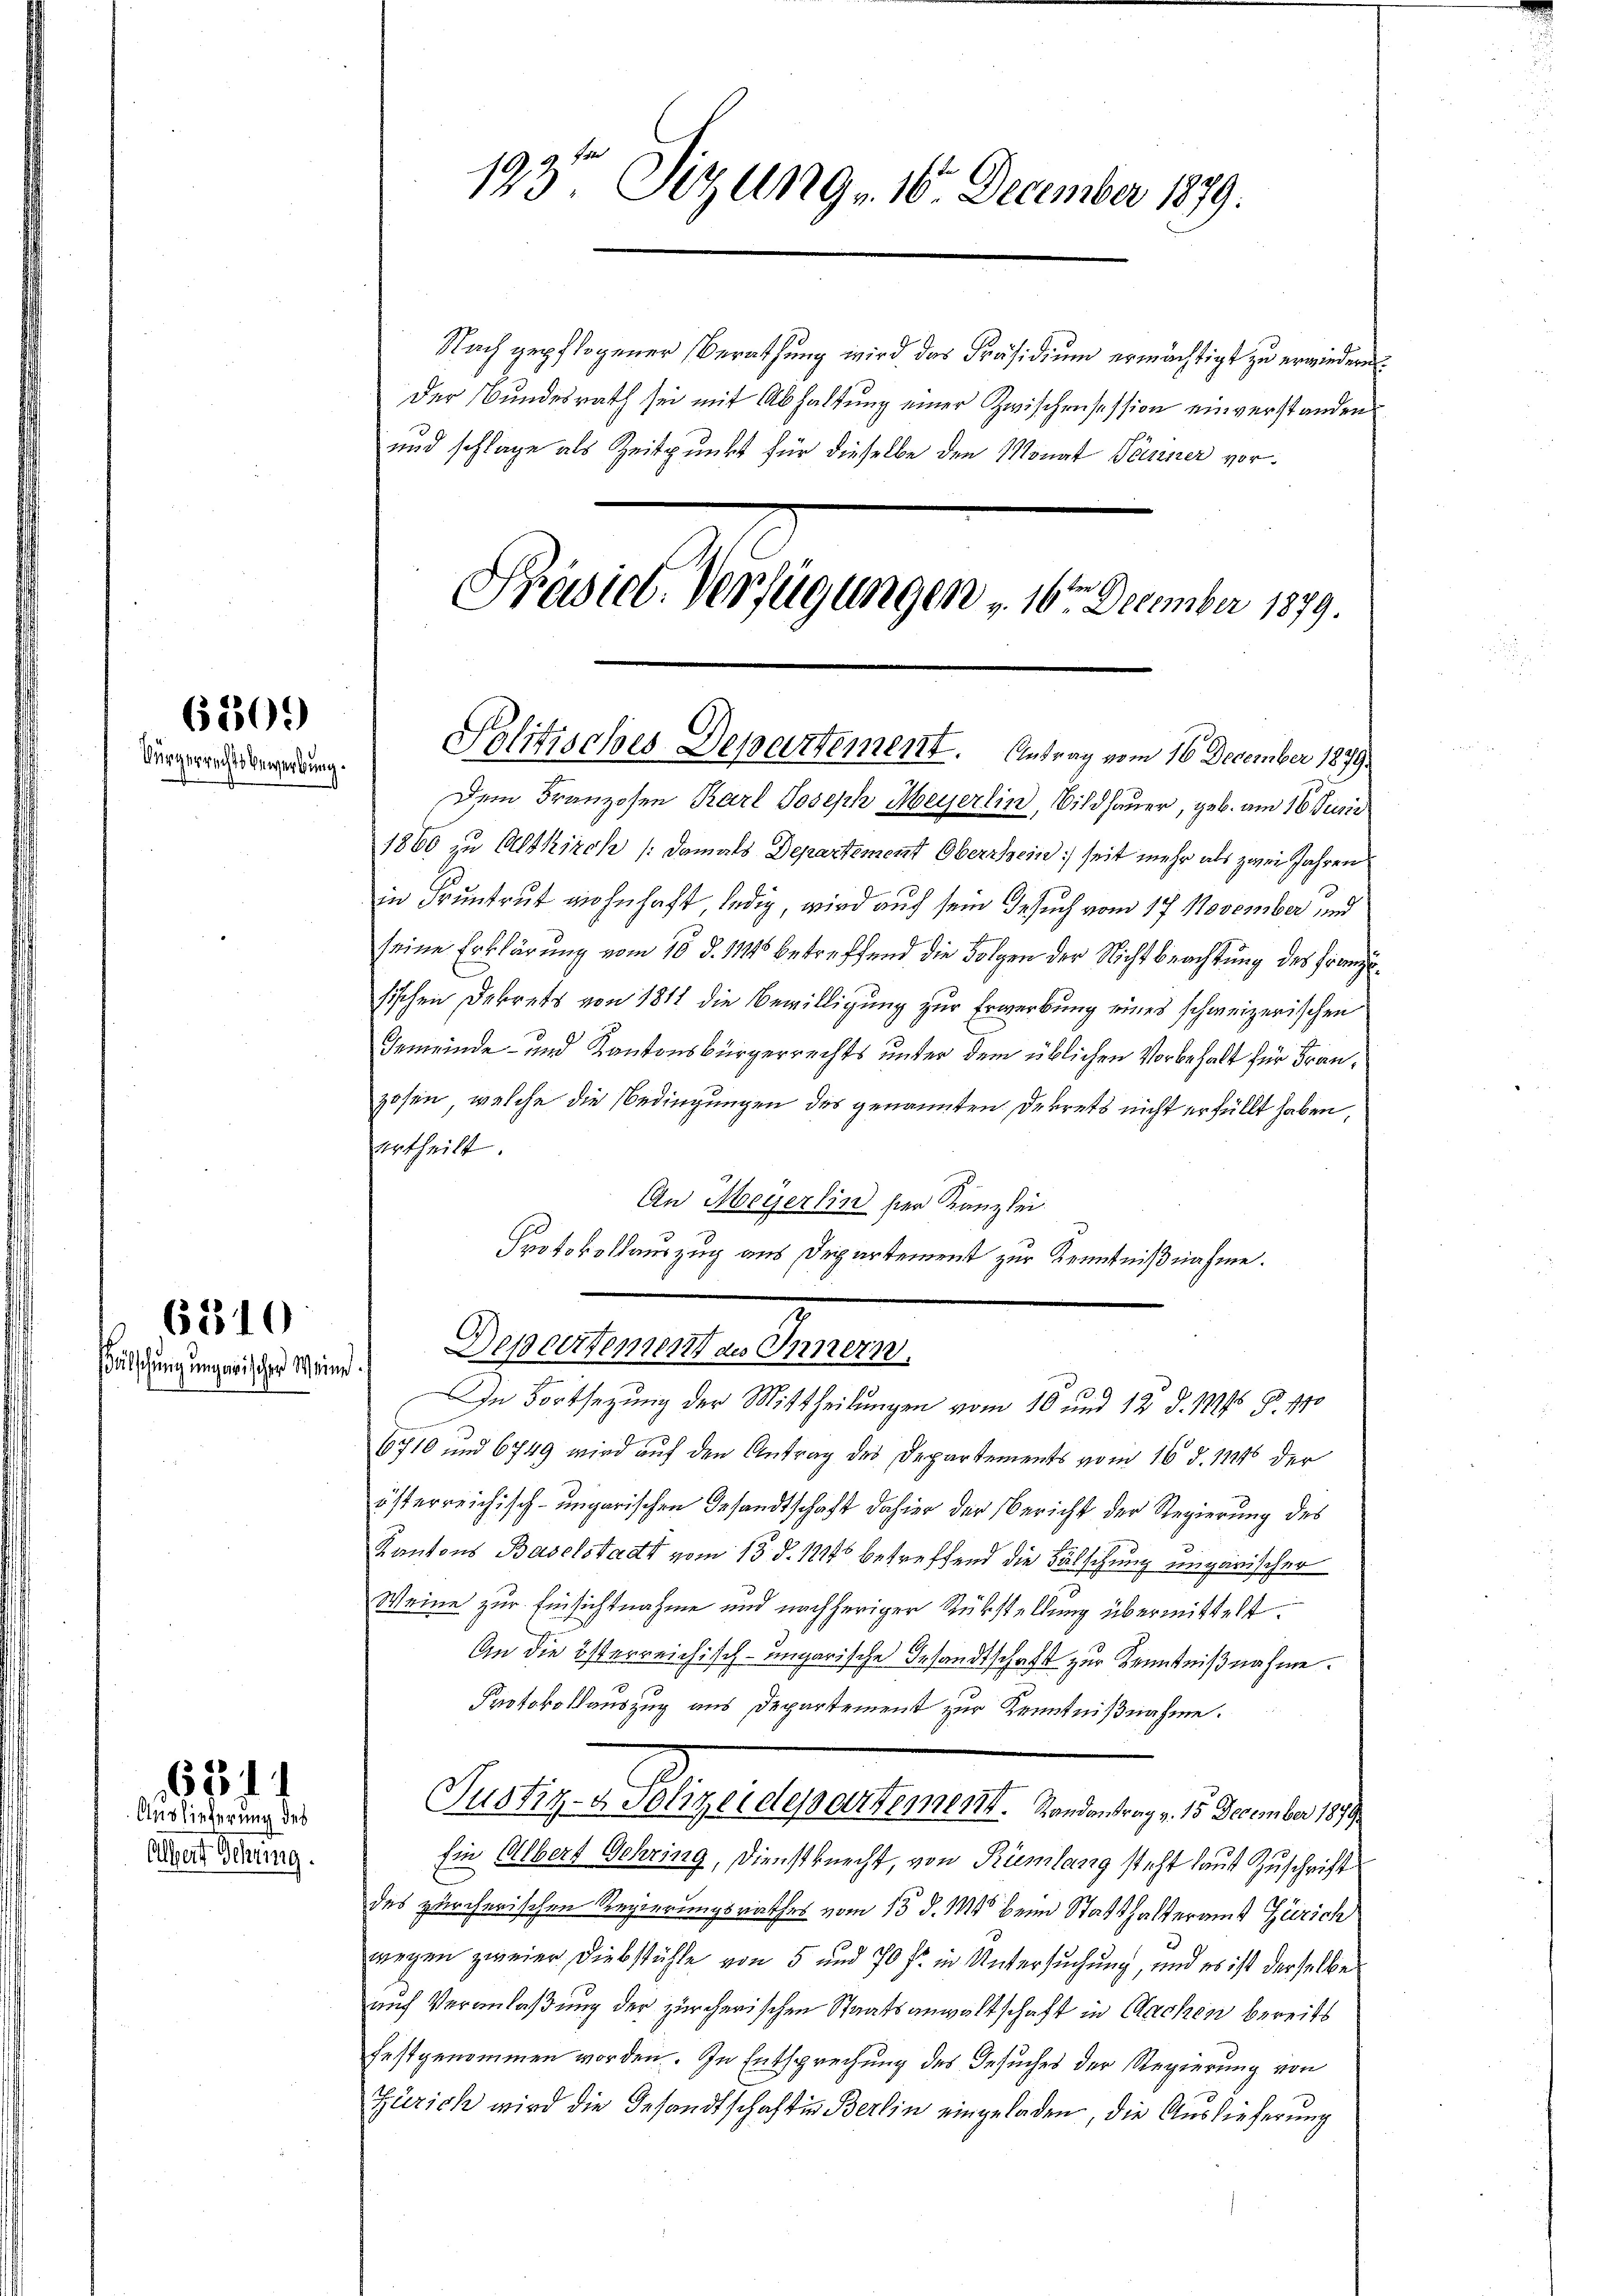
Albert Sitzung.

605)
Bürgerrechtsbewerbung.

ülschung ungewischer Meine

6319.

16314
Auslieferung des

Nach gepflogener Berathung wird das Präsidium ermächtigt zu erwiedern
Der Bundesrath sei mit Abhaltung einer Zwischensession einverstanden
und schlage als Zeitpunkt für dieselbe den Monat Jänner vor¬
Präsiel. Verfügungen v. 16ten December 1879.

Politisches Departement. Antrag vom 16. December 1879

193te Sitzung - 16. December 1879.

Dem Franzosen Karl Joseph Meyerlin, Bildhauer, geb. am 16. Juri
1860 zu Altkirch /: damals Departement Oberrhein seit mehr als zwei Jahren
in Pruntrut wohnhaft ledig, wird auf sein Gesuch vom 17 November und
seine Erklärung vom 10. d. 11416 betreffend die Folgen der Nichtbeachtung des Franzsischen Dekrets von 1811 die Bewilligung zur Erwerbung eines schweizerischen
Gemeinde- und Kantonsbürgerrechts unter dem üblichen Vorbehalt für Franzosen, welche die Bedingungen des genannten Dekrets nicht erfüllt haben,
urtheilt.
An Meyerlin hier Kanzlei.
.
Protokollauszug aus Departement zur Kenntnißnahme.
Departement an Innern.
6710 und 6749 wird auf den Antrag des Departements vom 16. d. 1145 der
österreichisch-ungarischen Gesandtschaft dahier der Bericht der Regierung des
Kantons Baselstadt vom 13. d. 1846 betreffend die Fälschung ungarischer
Weine zur Einsichtnahme und nachheriger Rükstellung übermittelt.
An die österreichisch-ungarische Gesandtschaft zur Kenntnißnahme.
Protokollauszug aus Departement zur Kenntnißnahme.
Justiz- & Polizeidepartement. Randantrag v. 15. December 1879
Ein Albert Schring, Dienstknecht, von Rümlang steht laut Zuschrift
des zürcherischen Regierungsrathes vom 13. d. 114 beim Statthalteramt Zürich
wegen zweier Diebstühle von 5 und 70 fr. in Untersuchung, und es ist derselbe
auf Veranlaßung der zürcherischen Staatsanwaltschaft in Sachen bereits
festgenommen worden. In Entsprechung des Gesuches der Regierung von
Zürich wird die Gesandtschaften Berlin eingeladen, die Auslieferung

In Fortsetzung der Mittheilungen vom 10 und 12. d. 1894 J. 170